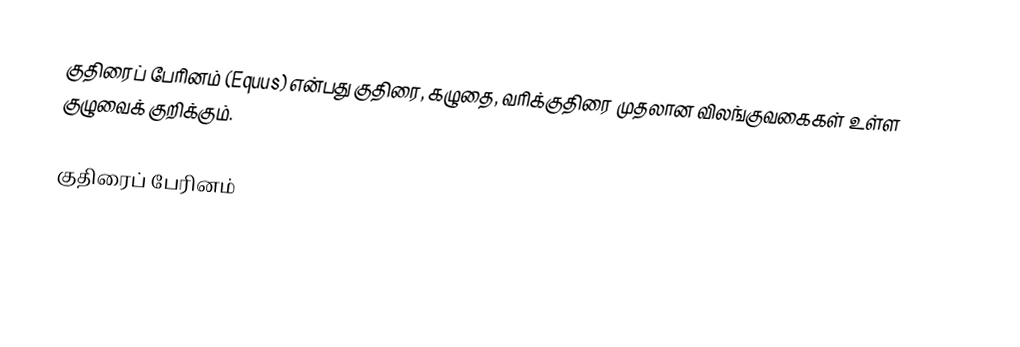
குதிரைப் பேரினம் (Equus) என்பது குதிரை, கழுதை, வரிக்குதிரை முதலான விலங்குவகைகள் உள்ள குழுவைக் குறிக்கும்.

குதிரைப் பேரினம்